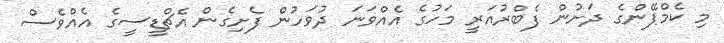
މި ކެމްޕޭންގެ ދަށުން ފެބްރުއަރީ މަހުގެ އެއްވަނަ ދުވަހުން ފެށިގެން އެޗްޑީސީގެ އެއްވެސް